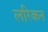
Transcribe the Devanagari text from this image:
लरिकन